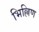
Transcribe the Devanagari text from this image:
भिल्लिण